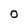
Character: O